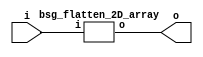
// This program was cloned from: https://github.com/chipsalliance/UHDM-integration-tests
// License: Apache License 2.0



module top
(
  i,
  o
);

  input [159:0] i;
  output [159:0] o;

  bsg_flatten_2D_array
  wrapper
  (
    .i(i),
    .o(o)
  );


endmodule



module bsg_flatten_2D_array
(
  i,
  o
);

  input [159:0] i;
  output [159:0] o;
  wire [159:0] o;
  assign o[159] = i[159];
  assign o[158] = i[158];
  assign o[157] = i[157];
  assign o[156] = i[156];
  assign o[155] = i[155];
  assign o[154] = i[154];
  assign o[153] = i[153];
  assign o[152] = i[152];
  assign o[151] = i[151];
  assign o[150] = i[150];
  assign o[149] = i[149];
  assign o[148] = i[148];
  assign o[147] = i[147];
  assign o[146] = i[146];
  assign o[145] = i[145];
  assign o[144] = i[144];
  assign o[143] = i[143];
  assign o[142] = i[142];
  assign o[141] = i[141];
  assign o[140] = i[140];
  assign o[139] = i[139];
  assign o[138] = i[138];
  assign o[137] = i[137];
  assign o[136] = i[136];
  assign o[135] = i[135];
  assign o[134] = i[134];
  assign o[133] = i[133];
  assign o[132] = i[132];
  assign o[131] = i[131];
  assign o[130] = i[130];
  assign o[129] = i[129];
  assign o[128] = i[128];
  assign o[127] = i[127];
  assign o[126] = i[126];
  assign o[125] = i[125];
  assign o[124] = i[124];
  assign o[123] = i[123];
  assign o[122] = i[122];
  assign o[121] = i[121];
  assign o[120] = i[120];
  assign o[119] = i[119];
  assign o[118] = i[118];
  assign o[117] = i[117];
  assign o[116] = i[116];
  assign o[115] = i[115];
  assign o[114] = i[114];
  assign o[113] = i[113];
  assign o[112] = i[112];
  assign o[111] = i[111];
  assign o[110] = i[110];
  assign o[109] = i[109];
  assign o[108] = i[108];
  assign o[107] = i[107];
  assign o[106] = i[106];
  assign o[105] = i[105];
  assign o[104] = i[104];
  assign o[103] = i[103];
  assign o[102] = i[102];
  assign o[101] = i[101];
  assign o[100] = i[100];
  assign o[99] = i[99];
  assign o[98] = i[98];
  assign o[97] = i[97];
  assign o[96] = i[96];
  assign o[95] = i[95];
  assign o[94] = i[94];
  assign o[93] = i[93];
  assign o[92] = i[92];
  assign o[91] = i[91];
  assign o[90] = i[90];
  assign o[89] = i[89];
  assign o[88] = i[88];
  assign o[87] = i[87];
  assign o[86] = i[86];
  assign o[85] = i[85];
  assign o[84] = i[84];
  assign o[83] = i[83];
  assign o[82] = i[82];
  assign o[81] = i[81];
  assign o[80] = i[80];
  assign o[79] = i[79];
  assign o[78] = i[78];
  assign o[77] = i[77];
  assign o[76] = i[76];
  assign o[75] = i[75];
  assign o[74] = i[74];
  assign o[73] = i[73];
  assign o[72] = i[72];
  assign o[71] = i[71];
  assign o[70] = i[70];
  assign o[69] = i[69];
  assign o[68] = i[68];
  assign o[67] = i[67];
  assign o[66] = i[66];
  assign o[65] = i[65];
  assign o[64] = i[64];
  assign o[63] = i[63];
  assign o[62] = i[62];
  assign o[61] = i[61];
  assign o[60] = i[60];
  assign o[59] = i[59];
  assign o[58] = i[58];
  assign o[57] = i[57];
  assign o[56] = i[56];
  assign o[55] = i[55];
  assign o[54] = i[54];
  assign o[53] = i[53];
  assign o[52] = i[52];
  assign o[51] = i[51];
  assign o[50] = i[50];
  assign o[49] = i[49];
  assign o[48] = i[48];
  assign o[47] = i[47];
  assign o[46] = i[46];
  assign o[45] = i[45];
  assign o[44] = i[44];
  assign o[43] = i[43];
  assign o[42] = i[42];
  assign o[41] = i[41];
  assign o[40] = i[40];
  assign o[39] = i[39];
  assign o[38] = i[38];
  assign o[37] = i[37];
  assign o[36] = i[36];
  assign o[35] = i[35];
  assign o[34] = i[34];
  assign o[33] = i[33];
  assign o[32] = i[32];
  assign o[31] = i[31];
  assign o[30] = i[30];
  assign o[29] = i[29];
  assign o[28] = i[28];
  assign o[27] = i[27];
  assign o[26] = i[26];
  assign o[25] = i[25];
  assign o[24] = i[24];
  assign o[23] = i[23];
  assign o[22] = i[22];
  assign o[21] = i[21];
  assign o[20] = i[20];
  assign o[19] = i[19];
  assign o[18] = i[18];
  assign o[17] = i[17];
  assign o[16] = i[16];
  assign o[15] = i[15];
  assign o[14] = i[14];
  assign o[13] = i[13];
  assign o[12] = i[12];
  assign o[11] = i[11];
  assign o[10] = i[10];
  assign o[9] = i[9];
  assign o[8] = i[8];
  assign o[7] = i[7];
  assign o[6] = i[6];
  assign o[5] = i[5];
  assign o[4] = i[4];
  assign o[3] = i[3];
  assign o[2] = i[2];
  assign o[1] = i[1];
  assign o[0] = i[0];

endmodule